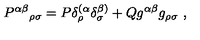
{ P ^ { \alpha \beta } } _ { \rho \sigma } = P \delta _ { \rho } ^ { ( \alpha } \delta _ { \sigma } ^ { \beta ) } + Q g ^ { \alpha \beta } g _ { \rho \sigma } \ ,